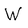
Character: W